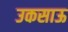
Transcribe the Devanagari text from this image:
उकसाऊ